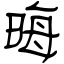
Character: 晦